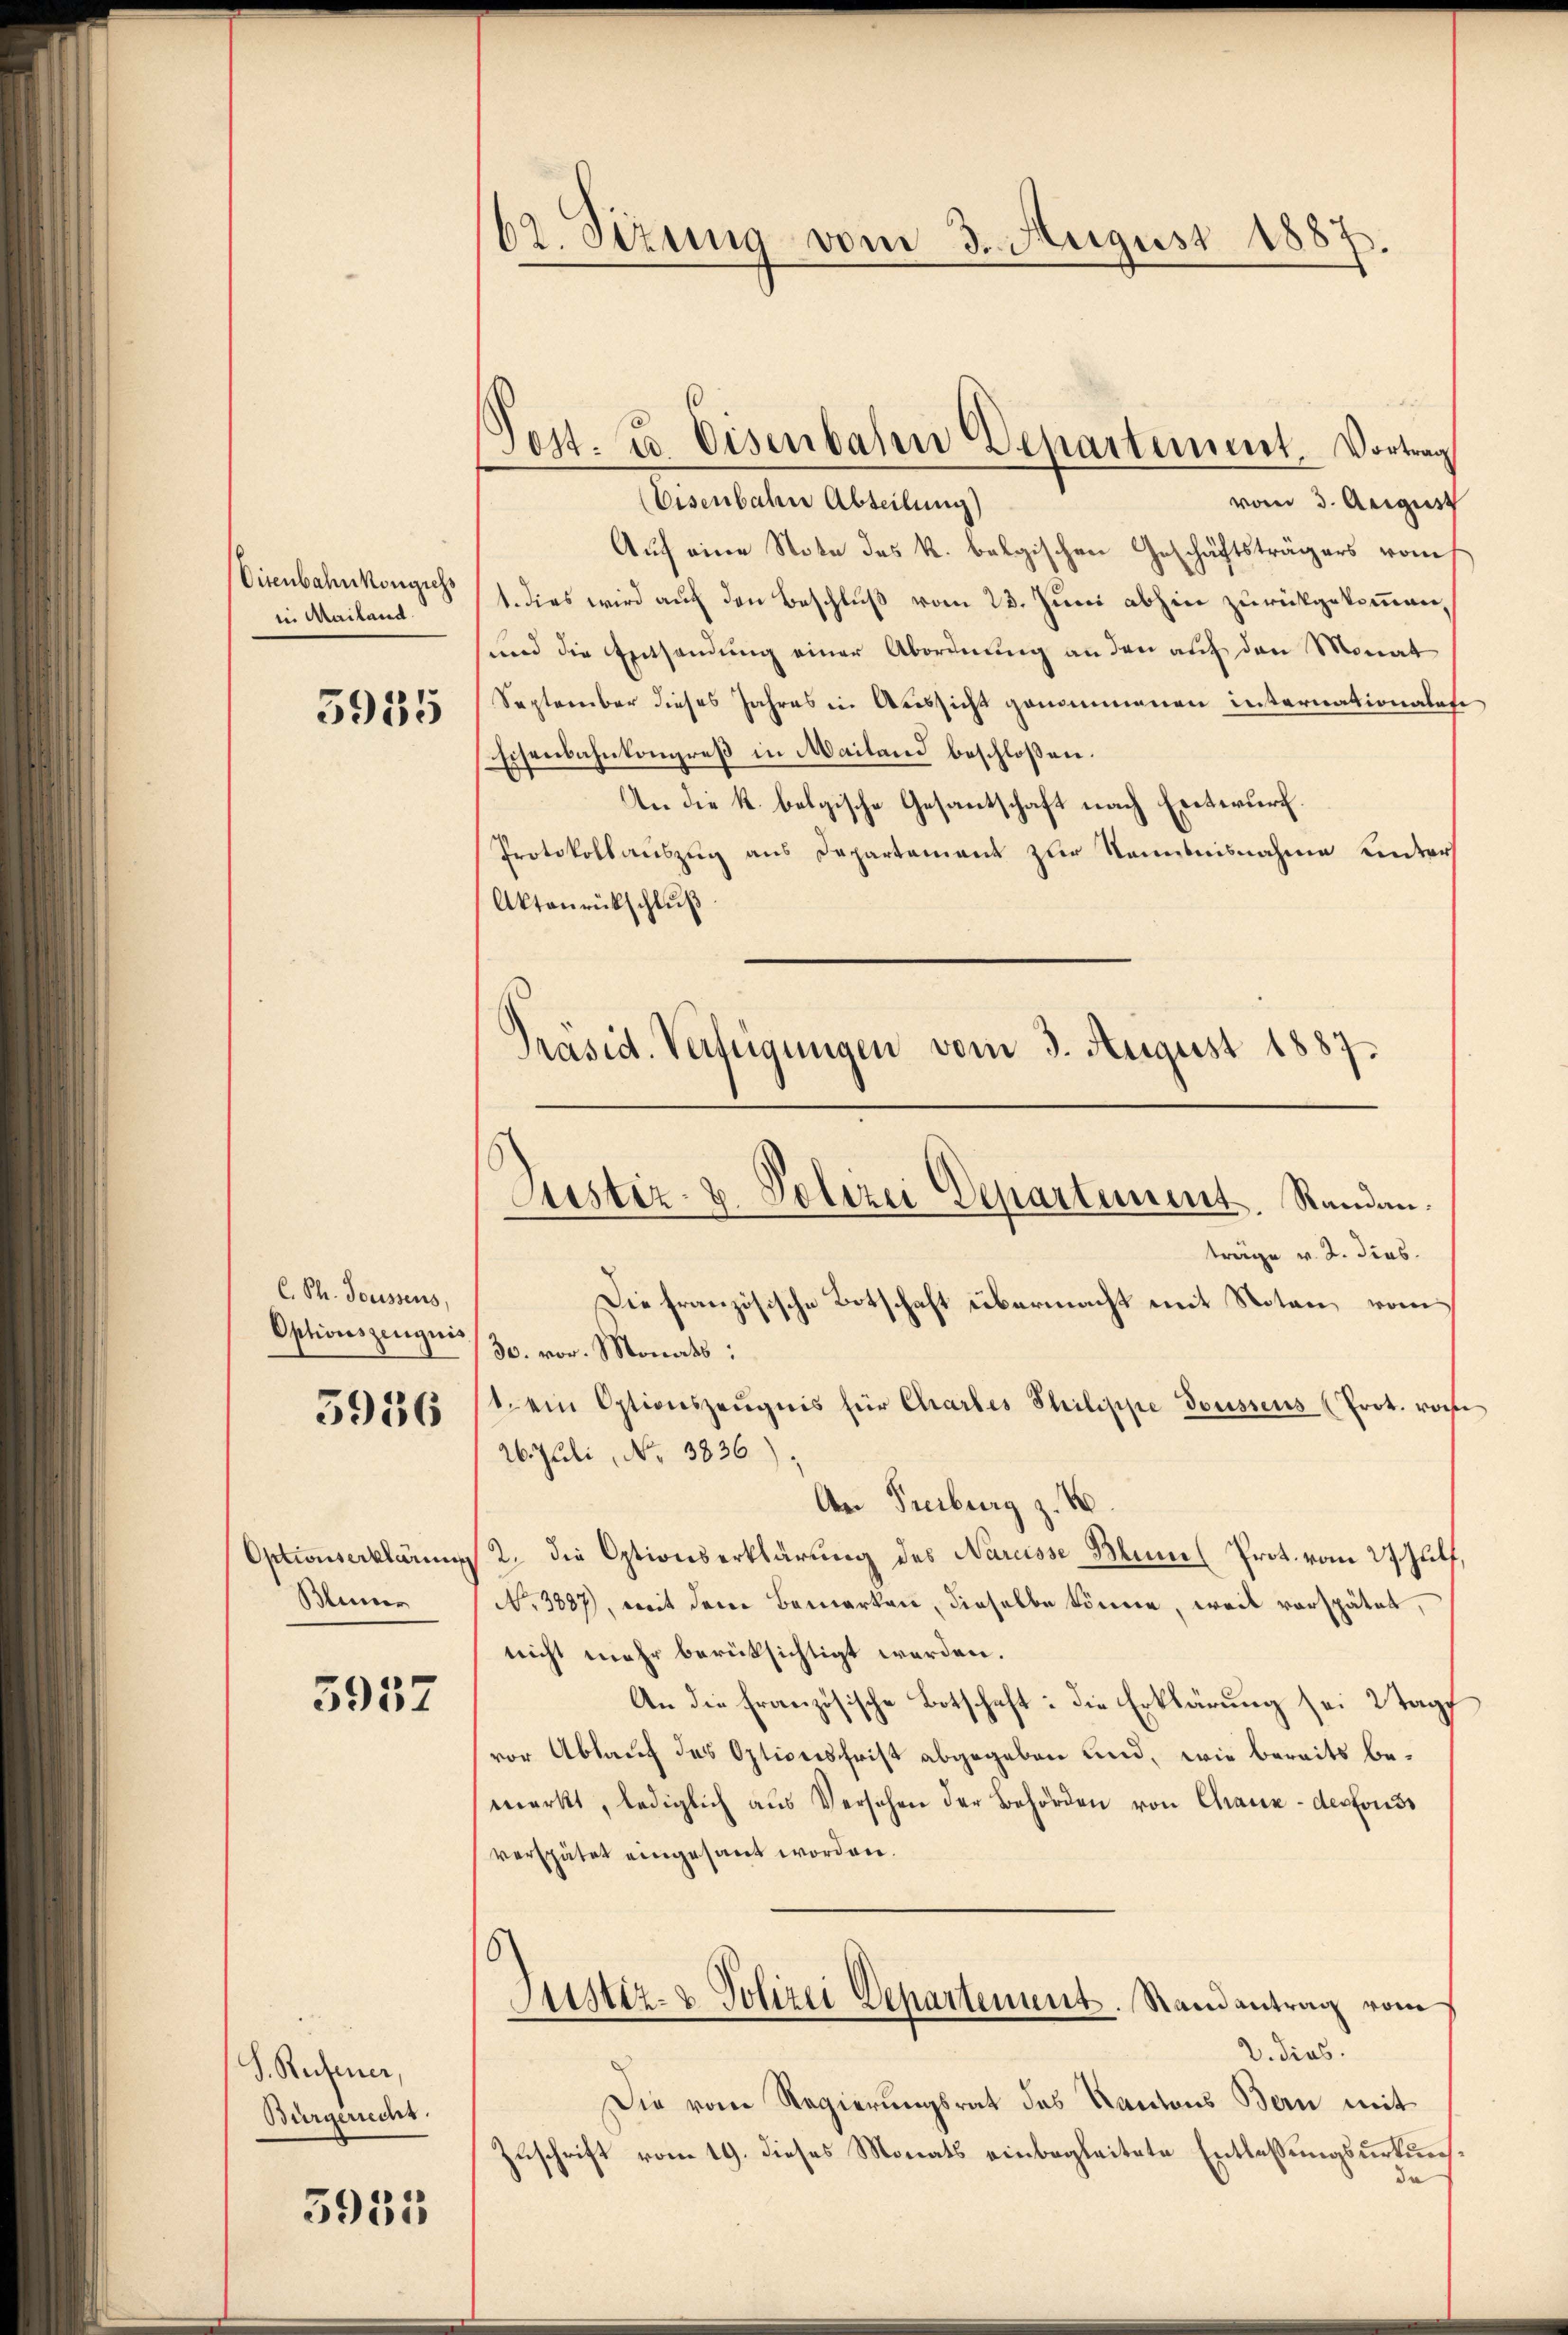
Vitenbahnkongiess
in Mailand.

5935

Optionserklärung
Blümer

5937

D. Rechener,
Bürgerrecht.

5935

62. Sizung vom 3. August 1887.

C. Ph. Toussens,
Optionszeugnis
5956

Eisenbahn Abteilung)
vom 3. August
Auf eine Note des k. belgischen Geschäftsträgers vom
1. dies wird auf den Beschluß vom 23. Juni abhin zurückgekommen,
sund die Entsandung einer Abordnung an den auf den Monat
September dieses Jahres in Aussicht genommenen internationalate
Eisenbahnkongreß in Mailand beschloßen:
An die k. belgische Gesantschaft nach Entwurf.
Protokollauszug aus Departement zur Kenntnisnahme unter
Aktoŭrückschlŭβ
Präsid. Verfügungen vom 3. August 1887

sest. u. Eisenbahn Departement Vortrag

Justiz- u. Polizei Departement. Randanträge v. 2. dies
Die französische Botschaft übermacht mit Noten, vom
30. vor. Monats:
t ein Optionszeŭgnis für Chrarbes Philippe Toussens (Prot. vorh

26. Juli, No. 3836)
An Freiburg z. B.
2. die Optionserklärung des Naruisse Blum Prot. vom 27. Julf,
No 3887), mit dem Bemerken, dieselbe könne, weil verspätet,
nicht mehr berücksichtigt werden.
An die französische Botschaft: die Erklärung sei 2 Tage
vor Ablauf des Optiverschrist abgegeben und, wie bereits bemerkt, lediglich aus Versehen der Behörden von Chaux-depfonds
verspätet eingesant worden.
6)
Justiz- & Polizei Departement. Randantrag vom
2. dies
Die vom Regierungsrat des Kantons Bern mit
Zuschrift vom 19. dieses Monats einbegleitete Entlassungsurkunda